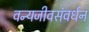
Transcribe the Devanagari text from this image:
वन्यजीवसंवर्धन